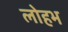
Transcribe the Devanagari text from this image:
लोहभ